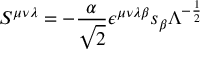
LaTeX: S ^ { { \mu } { \nu } { \lambda } } = - \frac { \alpha } { \sqrt { 2 } } { \epsilon } ^ { { \mu } { \nu } { \lambda } { \beta } } s _ { \beta } { \Lambda } ^ { - \frac { 1 } { 2 } }